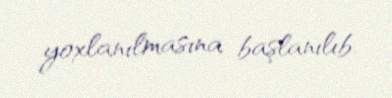
yoxlanılmasına başlanılıb.